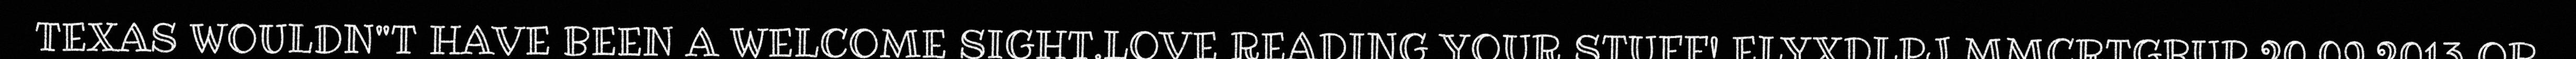
TEXAS WOULDN"T HAVE BEEN A WELCOME SIGHT.LOVE READING YOUR STUFF! ELYXDLPJ MMCRTGBUP 20.09.2013 OR